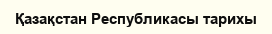
Қазақстан Республикасы тарихы